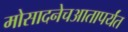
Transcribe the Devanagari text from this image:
मोसादनेचआतापर्यंत